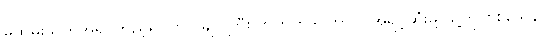
မှုထမ်းသက်အရ ကြည့်ရင် ဗိုလ်ချုပ်ကြီး ဘက်ဟိုဒင်ဟာ ဝါအရင့်ဆုံးမို့ သူ့ကို စစ်သေနာ